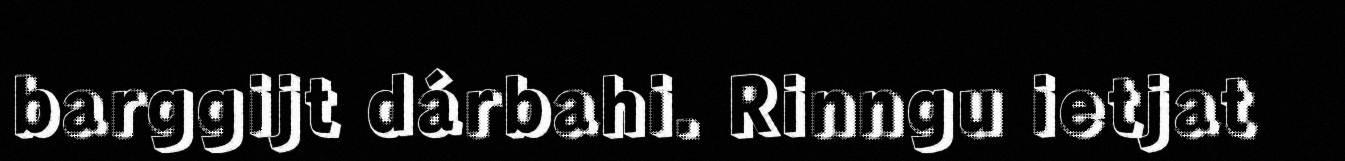
barggijt dárbahi. Rinngu ietjat